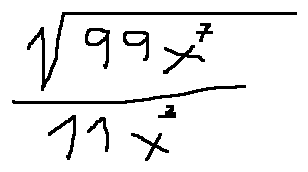
\frac { \sqrt { 9 9 x ^ { 7 } } } { 1 1 x ^ { 3 } }